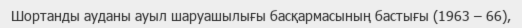
Шортанды ауданы ауыл шаруашылығы басқармасының бастығы (1963 – 66),